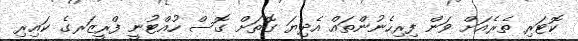
ކޮޓަރި ތެރެއަށް ވަން ފިރިހެނުންތައް އެދިޔަ ގޮތަށް ގޮސް ހުއްޓުނީ ފްރީޒަރގެ ކައިރި